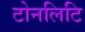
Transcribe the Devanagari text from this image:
टोनलिटि